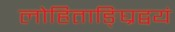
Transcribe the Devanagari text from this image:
लोहिताङ्घ्रिद्वयं